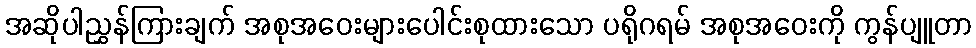
အဆိုပါညွှန်ကြားချက် အစုအဝေးများပေါင်းစုထားသော ပရိုဂရမ် အစုအဝေးကို ကွန်ပျူတာ